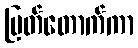
ပြတ်တောက်ကာ